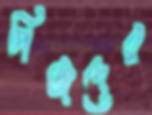
পিজদের